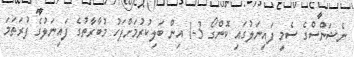
ނެޝަންސްގެ ސެމީ ފައިނަލުގައި ކޮންގޯ 3-1 އިން ބަލިކުރުމަށްފަހު މުބާރާތުގެ ފައިނަލުގެ ފުރަތަމަ